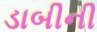
ડાબીની